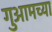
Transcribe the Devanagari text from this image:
गुआमच्या